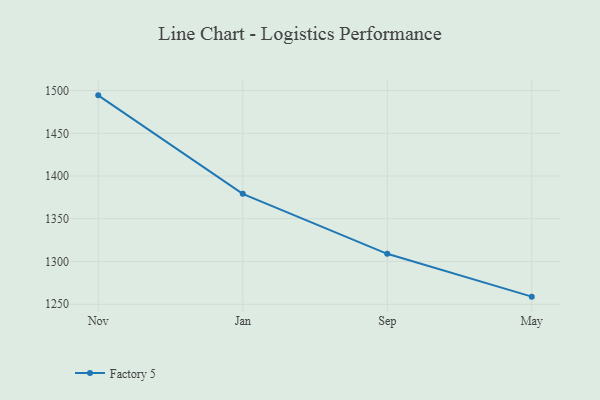
{"axis": {"x": "Month", "y": "Conversion Rate (%)"}, "legend": ["Factory 5"], "data": [{"x": "Nov", "y": 1494.4, "type": "Factory 5"}, {"x": "Jan", "y": 1379.2, "type": "Factory 5"}, {"x": "Sep", "y": 1309.0, "type": "Factory 5"}, {"x": "May", "y": 1258.9, "type": "Factory 5"}]}